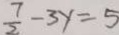
\frac { 7 } { 2 } - 3 y = 5